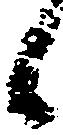
候